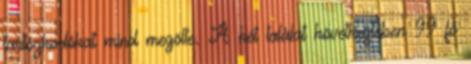
tartózkodókat mind megölte. A két találat következtében 99 fő